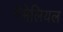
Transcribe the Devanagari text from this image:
गैमेलियल